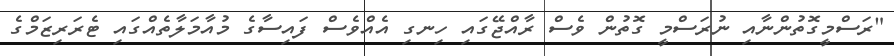
"ރަސްމީގޮތުންނާއި ނުރަސްމީ ގޮތުން ވެސް ރާއްޖޭގައި ހިނގި އެއްވެސް ފައިސާގެ މުއާމަލާތެއްގައި ޓެރަރިޒަމްގެ